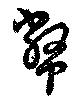
幣